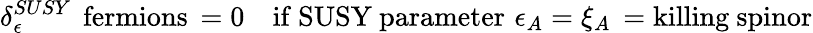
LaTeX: \delta_{\epsilon}^{SUSY}\, \mathrm{~fermions}\, =0\quad\mathrm{if~SUSY~parameter}\, \, \epsilon_{A}=\xi_{A}\, =\mathrm{killing~spinor}